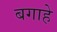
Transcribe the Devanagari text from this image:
बगाहे